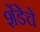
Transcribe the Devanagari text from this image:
शेंडेचे